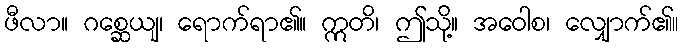
ဖီလာ။ ဂစ္ဆေယျ၊ ရောက်ရာ၏။ ဣတိ၊ ဤသို့။ အဝေါစ၊ လျှောက်၏။